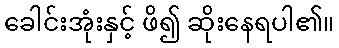
ခေါင်းအုံးနှင့် ဖိ၍ ဆိုးနေရပါ၏။